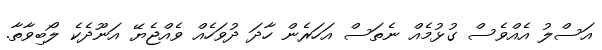
އަސްލު އެއްވެސް ގުޅުމެއް ނެތަސް އަހަރެން ހާދަ ދުވަހެއް ވެއްޖެޔޭ އަނޫދެކެ ލޯބިވާތާ.